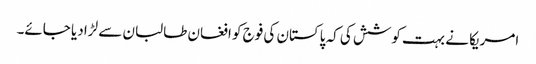
امریکا نے بہت کوشش کی کہ پاکستان کی فوج کو افغان طالبان سے لڑا دیا جائے۔